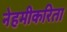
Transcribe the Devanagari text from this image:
नेहमीकरिता